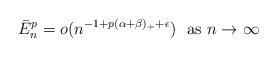
LaTeX: \begin{align*}\bar{E}_{n}^{p}=o(n^{-1+p(\alpha+\beta)_{+}+\epsilon})\ \ \mbox{as $n\to\infty$}\end{align*}